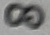
Text: 8